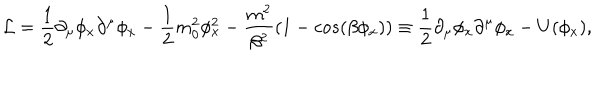
{ \cal L } = { \frac { 1 } { 2 } } \partial _ { \mu } \phi _ { x } \partial ^ { \mu } \phi _ { x } - { \frac { 1 } { 2 } } m _ { 0 } ^ { 2 } \phi _ { x } ^ { 2 } - { \frac { m ^ { 2 } } { \beta ^ { 2 } } } ( 1 - c o s ( \beta \phi _ { x } ) ) \equiv { \frac { 1 } { 2 } } \partial _ { \mu } \phi _ { x } \partial ^ { \mu } \phi _ { x } - U ( \phi _ { x } ) ,